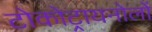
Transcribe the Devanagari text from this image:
टोकोट्रायनोलों